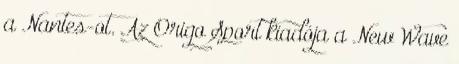
a Nantes-ot. Az Origo Sport kiadója a New Wave